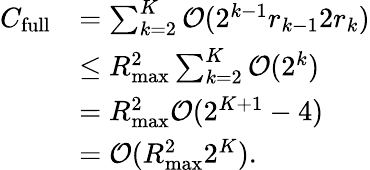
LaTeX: \begin{array}{rl}{C_{\mathrm{full}}}&{=\sum_{k=2}^{K}\mathcal{O}(2^{k-1}r_{k-1}2r_{k})}\\ &{\leq R_{\operatorname*{max}}^{2}\sum_{k=2}^{K}\mathcal{O}(2^{k})}\\ &{=R_{\operatorname*{max}}^{2}\mathcal{O}(2^{K+1}-4)}\\ &{=\mathcal{O}(R_{\operatorname*{max}}^{2}2^{K}).}\end{array}